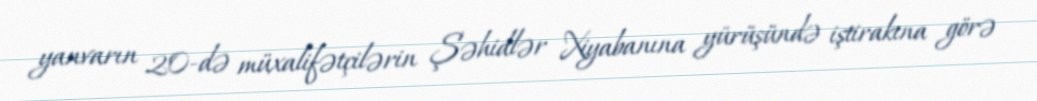
yanvarın 20-də müxalifətçilərin Şəhidlər Xiyabanına yürüşündə iştirakına görə